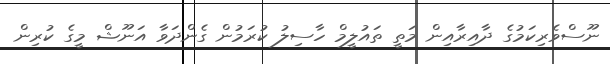
ނޫސްވެރިކަމުގެ ދާއިރާއިން މަތީ ތައުލީމް ހާސިލު ކުރަމުން ގެންދަވާ އަނޫޝް މީގެ ކުރިން